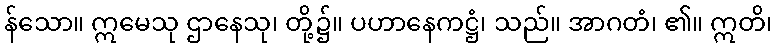
န်သော။ ဣမေသု ဌာနေသု၊ တို့၌။ ပဟာနေကဋ္ဌံ၊ သည်။ အာဂတံ၊ ၏။ ဣတိ၊